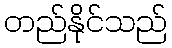
တည်နိုင်သည်